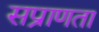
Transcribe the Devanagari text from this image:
सप्राणता